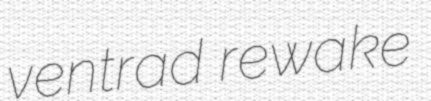
ventrad rewake